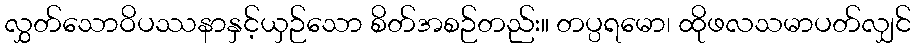
လွှတ်သောဝိပဿနာနှင့်ယှဉ်သော စိတ်အစဉ်တည်း။ တပ္ပရမော၊ ထိုဖလသမာပတ်လျှင်